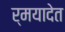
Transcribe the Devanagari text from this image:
र्मयादेत